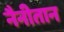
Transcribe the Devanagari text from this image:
नैनीतान